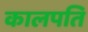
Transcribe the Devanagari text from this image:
कालपति